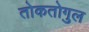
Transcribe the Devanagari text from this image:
तोकतोगुल